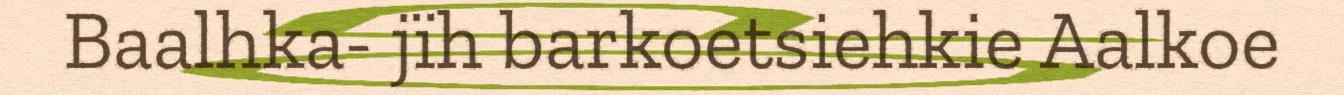
Baalhka- jïh barkoetsiehkie Aalkoe